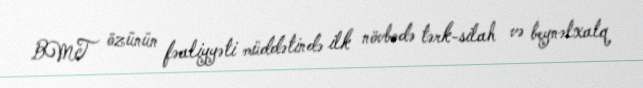
BMT özünün fəaliyyəti müddətində ilk növbədə tərk-silah və beynəlxalq